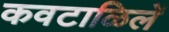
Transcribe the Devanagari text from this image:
कवटाळिलें